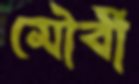
মৌর্বী